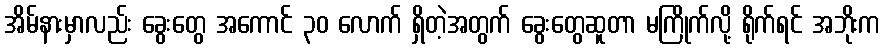
အိမ်နားမှာလည်း ခွေးတွေ အကောင် ၃၀ လောက် ရှိတဲ့အတွက် ခွေးတွေဆူတာ မကြိုက်လို့ ရိုက်ရင် အဘိုးက